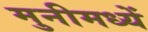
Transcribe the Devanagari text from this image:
मुनीमध्यें